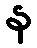
န